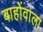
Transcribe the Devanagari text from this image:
बाहोंवाला